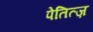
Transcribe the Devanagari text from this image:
पेतित्ज़